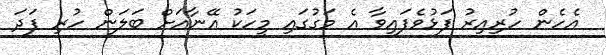
އެހެން ހުރިއިރު ފަޅުވެފައިވާ އެ މަގުގައި މީހަކު އޭނާއަށް ބަލަން ހުރި ފަދަ